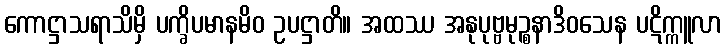
ကောဋ္ဌာသရာသိမှိ ပက္ခိပမာနမိဝ ဥပဋ္ဌာတိ။ အထဿ အနုပုဗ္ဗမုဉ္စနာဒိဝသေန ပဋိက္ကူလာ